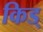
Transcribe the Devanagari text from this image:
किड्